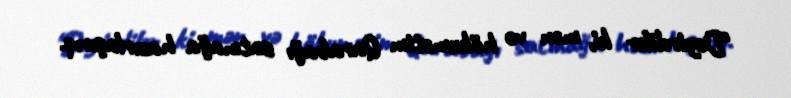
“Deyirdilər ki, mən və hökumətim Qarabağı satmağa hazırlaşırıq.